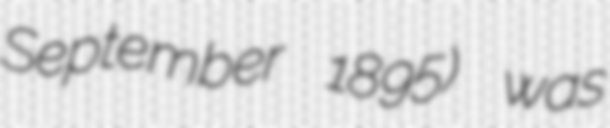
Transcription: September 1895) was